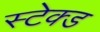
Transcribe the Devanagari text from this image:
स्टेक्ड